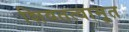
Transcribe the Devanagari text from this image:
शिवतत्वामृत